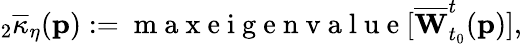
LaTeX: {}_{2}\overline{{\kappa}}_{\eta}(\mathbf{p}):=\mathrm{~m~a~x~e~i~g~e~n~v~a~l~u~e~}[\overline{{\mathbf{W}}}_{t_{0}}^{t}(\mathbf{p})],